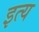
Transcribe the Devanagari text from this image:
इत्य